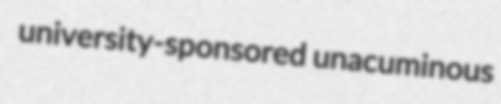
university-sponsored unacuminous